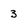
Character: 3